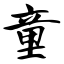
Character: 童